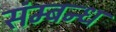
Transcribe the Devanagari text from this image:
संम्बन्ध